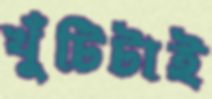
খুঁটিটাই